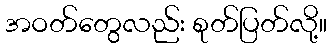
အဝတ်တွေလည်း စုတ်ပြတ်လို့။